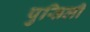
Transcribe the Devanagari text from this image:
पुसिली